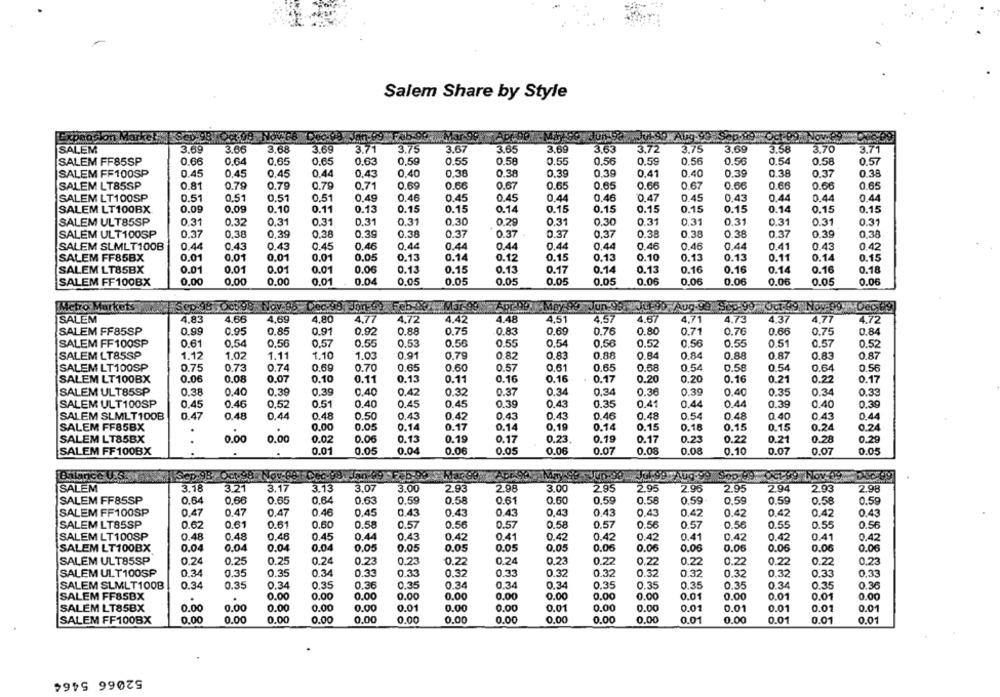
Salem Share by Style
Expeop
in-89 F46-99 - Mar-9:
ADUBO
Aug.9
SALEM
3.69
3.66
3.68
3.69
3.71
3.75
3.67
3.65
3.69
3.63
3.72
3.75
3.69
358
3.70
3.71
SALEM FF85SP
0.66
0.64
0.65
0.65
0.63
0,59
0.55
0.58
0.55
0.56
0.59
0,56
0.56
0.54
0.58
0.57
SALEM FF100SP
0.45
0,45
0.45
0.44
0.43
0.40
0.38
0.38
0.39
0.39
0.41
0.40
0.39
0.38
0.37
0.38
SALEM LT85SP
0.81
0.79
0.79
0.79
0.71
0.69
0.66
0.67
0.65
0.65
0.66
0.67
0.66
0.66
0.66
0.65
SALEM LT100SP
0.51
0.51
0.51
0.51
0.49
0.46
0.45
0.45
0.44
0.46
0.47
0.45
0.43
0.44
0.44
0.44
SALEM LT100BX
0.09
0.09
0.10
0.11
0.13
0.15
0.15
0.14
0.15
0.15
0.15
0.15
0.15
0.14
0.15
0.15
SALEM ULT85SP
0.31
0.32
0.31
0.31
0.31
0.31
0.30
0.29
0.31
0.30
0.31
0.31
0.31
0.31
0.31
0.31
SALEM ULT100SP
0.37
0.38
0.39
0.38
0.39
0.38
0.37
0.37
0.37
0.37
0.38
0.38
0.38
0.37
0.39
0.38
SALEM SLMLT100B
0.44
0.43
0.43
0.45
0.46
0.44
0.44
0.44
0.44
0.44
0.46
0.46
0.44
0.41
0.43
0.42
SALEM FF85BX
0.01
0.01
0.01
0.01
0.05
0.13
0.14
0.12
0.15
0.13
0.10
0.13
0.13
0.11
0.14
0.15
SALEM LT85BX
0.01
0.01
0.01
0.01
0.06
0.13
0.15
0.13
0.17
0.14
0.13
0.16
0.16
0.14
0.16
0.18
SALEM FF100BX
0.00
0.00
0.00
0.01
0.04
0.05
0.05
0.05
0.05
0.05
0.06
0.06
0.06
0.06
0.05
0.06
Metro Markets
SALEM
4.83
4.66
4.69
4,80
4.77
4.72
4.42
4.48
4,51
4,57
4.67
4.71
4.73
4.37
4,77
4.72
SALEM FF85SP
0.99
0.95
0.85
0.91
0.92
0.88
0.75
0.83
0.69
0.76
0.80
0.71
0.76
0.66
0.75
0.84
SALEM FF100SP
0.61
0.54
0.56
0.57
0.55
0.53
0.56
0.55
0.54
0.56
0.52
0.56
0.55
0.51
0.57
0.52
SALEM LT85SP
1.12
1.02
1.11
1.10
1.03
0.91
0.79
0,82
0.83
0.88
0.84
0.84
0.88
0.87
0.83
0.87
SALEM LT100SP
0.75
0.73
0.74
0.69
0.70
0.65
0.60
0.57
0.61
0,65
0.68
0.54
0.58
0.54
0.64
0.56
SALEM LT100BX
0.06
0.08
0.07
0.10
0.11
0.13
0.11
0.16
0.16
0.17
0.20
0.20
0.16
0.21
0.22
0.17
0.38
0.39
0.34
0.34
0.34
SALEM ULT85SP
0.40
0.39
0.40
0.42
0.32
0.37
0.36
0.39
0.40
0.35
0.33
SALEM ULT100SP
0.45
0.46
0.52
0.51
0.40
0.45
0.45
0.39
0.43
0.35
0.41
0.44
0.44
0.39
0.40
0.39
SALEM SLMLT100B
0.47
0.48
0.44
0.48
0.50
0.43
0.42
0.43
0.43
0.46
0.48
0.54
0.48
0.40
0.43
0.44
SALEM FF85BX
0.00
0.05
0.14
0.17
0.14
0.19
0.14
0.15
0.18
0.15
0.15
0.24
0.24
SALEM LT85BX
0.02
0.06
0.13
0.19
0.17
0.23
0.19
0.17
0.23
0.22
0.21
0.28
0.29
0.00
0.00
SALEM FF100BX
0.01
0.05
0.04
0.06
0.05
0.06
0.07
0.08
0.08
0.10
0.07
0.07
0.05
Balance U.S
Sep
Oct.98- Nov-6
Dec
SALEM
3.18
3.21
3.17
3.13
3.07
3.00
2.93
2.98
3.00
2.95
2.95
2.96
2.95
2.94
2.93
2.98
SALEM FF85SP
0.64
0.66
0.65
0.64
0.63
0,59
0.58
0.61
0.00
0.59
0.58
0.59
0.59
0.59
0.58
0.5g
SALEM FF100SP
0.47
0.47
0.47
0.46
0.45
0.43
0.43
0.43
0,43
0,43
0.43
0.42
0.42
0.42
0.42
0.43
SALEM LT85SP
0.62
0.61
0.61
0.60
0.58
0.57
0.56
0.57
0.58
0.57
0.56
0.57
0.56
0.55
0.55
0.56
SALEM LT100SP
0.48
0.48
0.46
0.45
0.44
0.43
0.42
0.41
0.42
0.42
0.42
0.41
0.42
0.42
0.41
0.42
SALEM LT100BX
0.04
0.04
0.04
0.04
0.05
0.05
0.05
0.05
0.05
0.06
0.06
0.06
0.06
0.06
0.06
0.06
SALEM ULT85SP
0.24
0.25
0.25
0.24
0.23
0.23
0.22
0.24
0.23
0.22
0.22
0.22
0.22
0.22
0.22
0.23
SALEM ULT100SP
0.35
0.34
0.33
0.33
0.33
0.33
0.34
0.35
0.33
0.32
0.32
0.32
0.32
0.32
0.32
0.32
SALEM SLMLT100B
0.34
0.35
0.34
0.35
0.36
0.35
0.34
0.34
0.34
0.35
0.35
0.35
0.35
0.34
0.35
0.36
SALEM FF85BX
0.00
0.00
0.00
0.00
0.00
0.00
0.00
0.00
0.00
0.01
0.00
0.01
0.01
0.00
0.00
0.00
0.00
0.00
0.00
0.01
0.00
0.00
0.01
0.00
0.00
0.01
0.01
0.01
0.01
SALEM LT85BX
0.01
SALEM FF100BX
0.00
0.00
0.00
0.00
0.00
0.00
0.00
0.00
0.00
0.00
0.00
0.01
0.00
0.01
0.01
0.01
52066 5464